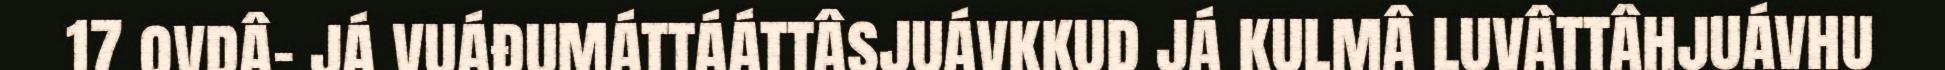
17 ovdâ- já vuáđumáttááttâsjuávkkud já kulmâ luvâttâhjuávhu